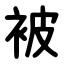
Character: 被